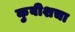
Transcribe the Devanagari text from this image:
कुबीशचा